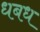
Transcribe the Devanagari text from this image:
धबध